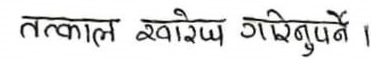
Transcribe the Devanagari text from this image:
तत्काल खारेज गरिनुपर्ने।